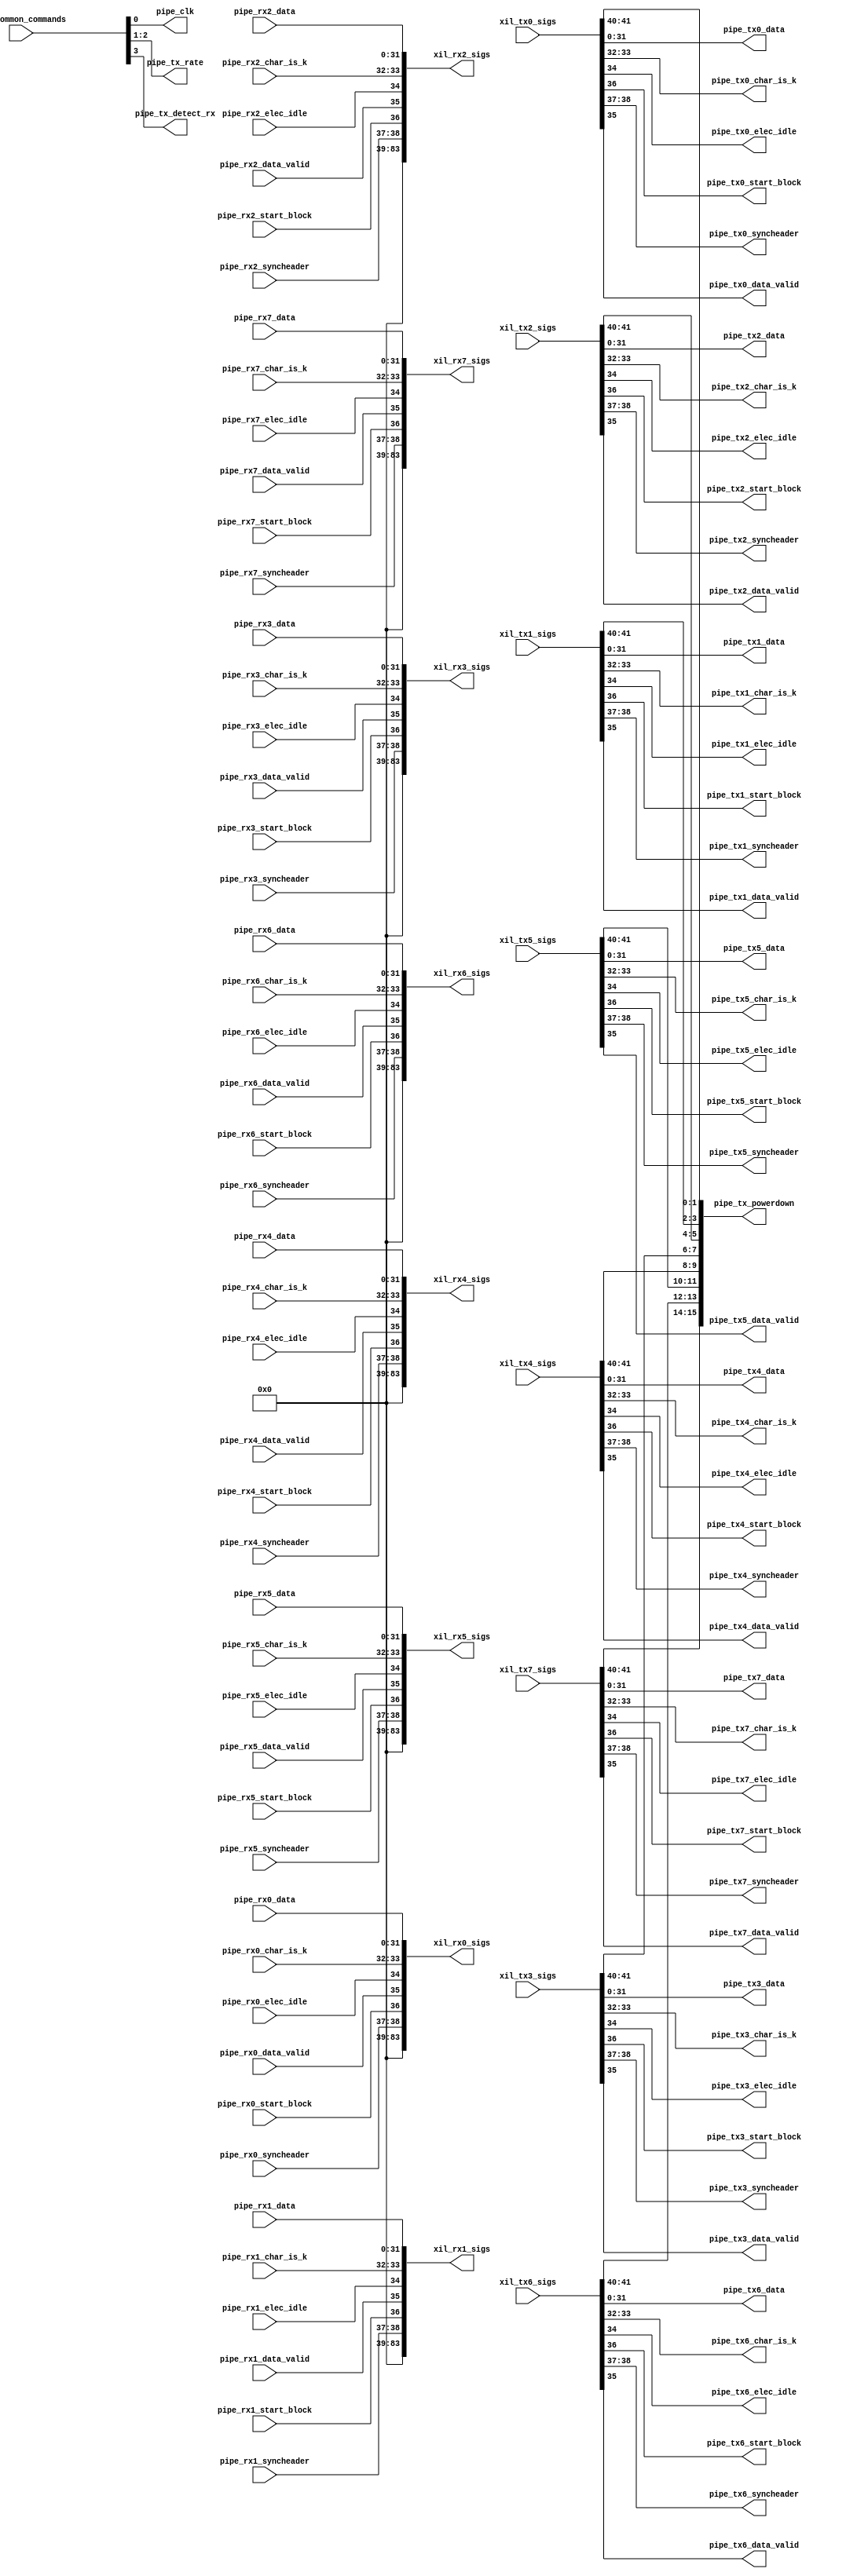
//-----------------------------------------------------------------------------
//
// (c) Copyright 2012-2012 Xilinx, Inc. All rights reserved.
//
// This file contains confidential and proprietary information
// of Xilinx, Inc. and is protected under U.S. and
// international copyright and other intellectual property
// laws.
//
// DISCLAIMER
// This disclaimer is not a license and does not grant any
// rights to the materials distributed herewith. Except as
// otherwise provided in a valid license issued to you by
// Xilinx, and to the maximum extent permitted by applicable
// law: (1) THESE MATERIALS ARE MADE AVAILABLE "AS IS" AND
// WITH ALL FAULTS, AND XILINX HEREBY DISCLAIMS ALL WARRANTIES
// AND CONDITIONS, EXPRESS, IMPLIED, OR STATUTORY, INCLUDING
// BUT NOT LIMITED TO WARRANTIES OF MERCHANTABILITY, NON-
// INFRINGEMENT, OR FITNESS FOR ANY PARTICULAR PURPOSE; and
// (2) Xilinx shall not be liable (whether in contract or tort,
// including negligence, or under any other theory of
// liability) for any loss or damage of any kind or nature
// related to, arising under or in connection with these
// materials, including for any direct, or any indirect,
// special, incidental, or consequential loss or damage
// (including loss of data, profits, goodwill, or any type of
// loss or damage suffered as a result of any action brought
// by a third party) even if such damage or loss was
// reasonably foreseeable or Xilinx had been advised of the
// possibility of the same.
//
// CRITICAL APPLICATIONS
// Xilinx products are not designed or intended to be fail-
// safe, or for use in any application requiring fail-safe
// performance, such as life-support or safety devices or
// systems, Class III medical devices, nuclear facilities,
// applications related to the deployment of airbags, or any
// other applications that could lead to death, personal
// injury, or severe property or environmental damage
// (individually and collectively, "Critical
// Applications"). Customer assumes the sole risk and
// liability of any use of Xilinx products in Critical
// Applications, subject only to applicable laws and
// regulations governing limitations on product liability.
//
// THIS COPYRIGHT NOTICE AND DISCLAIMER MUST BE RETAINED AS
// PART OF THIS FILE AT ALL TIMES.
//
//-----------------------------------------------------------------------------
//
// Project    : The Xilinx PCI Express DMA 
// Version    : 4.1
//-----------------------------------------------------------------------------
//-----------------------------------------------------------------------------
//-- Description:  Pipe Mode Interface
  //-- 16bit data for Gen1 rate @ Pipe Clk 125 
  //-- 16bit data for Gen2 rate @ Pipe Clk 250
  //-- 32bit data for Gen3 rate @ Pipe Clk 250  
  //-- For Gen1/Gen2 use case, tie-off rx*_start_block, rx*_data_valid, rx*_syncheader & rx*_data[31:16]
  //-- Pipe Clk is provided as output of this module - All pipe signals need to be aligned to provided Pipe Clk
  //-- pipe_tx_rate (00 - Gen1, 01 -Gen2 & 10- Gen3)
  //-- Rcvr Detect is handled internally by the core (Rcvr Detect Bypassed)
  //-- RX Status and PHY Status are handled internally (speed change & rcvr detect )
  //-- Phase2/3 needs to be disabled 
  //-- LF & FS values are 40 & 15 decimal
  //-- RP should provide TX preset hint of 5 (in EQ TS2's before changing rate to Gen3)
//-----------------------------------------------------------------------------

`timescale 1ps/1ps

module xil_sig2pipe
(
 
  output [83:0]  xil_rx0_sigs,
  output [83:0]  xil_rx1_sigs,
  output [83:0]  xil_rx2_sigs,
  output [83:0]  xil_rx3_sigs,
  output [83:0]  xil_rx4_sigs,
  output [83:0]  xil_rx5_sigs,
  output [83:0]  xil_rx6_sigs,
  output [83:0]  xil_rx7_sigs,
  input  [16:0]  xil_common_commands,
  input  [69:0]  xil_tx0_sigs,
  input  [69:0]  xil_tx1_sigs,
  input  [69:0]  xil_tx2_sigs,
  input  [69:0]  xil_tx3_sigs,
  input  [69:0]  xil_tx4_sigs,
  input  [69:0]  xil_tx5_sigs,
  input  [69:0]  xil_tx6_sigs,
  input  [69:0]  xil_tx7_sigs,
  
  // Pipe Interface - Common
  
  output         pipe_clk,
  output [1:0]   pipe_tx_rate,
  output         pipe_tx_detect_rx,
  output [15:0]  pipe_tx_powerdown,
  
  // Pipe Interface - TX
 
  output [31:0]  pipe_tx0_data,
  output [31:0]  pipe_tx1_data,
  output [31:0]  pipe_tx2_data,
  output [31:0]  pipe_tx3_data,
  output [31:0]  pipe_tx4_data,
  output [31:0]  pipe_tx5_data,
  output [31:0]  pipe_tx6_data,
  output [31:0]  pipe_tx7_data,
  
  output  [1:0]  pipe_tx0_char_is_k,
  output  [1:0]  pipe_tx1_char_is_k,
  output  [1:0]  pipe_tx2_char_is_k,
  output  [1:0]  pipe_tx3_char_is_k,
  output  [1:0]  pipe_tx4_char_is_k,
  output  [1:0]  pipe_tx5_char_is_k,
  output  [1:0]  pipe_tx6_char_is_k,
  output  [1:0]  pipe_tx7_char_is_k,
  
  output         pipe_tx0_elec_idle,
  output         pipe_tx1_elec_idle,
  output         pipe_tx2_elec_idle,
  output         pipe_tx3_elec_idle,
  output         pipe_tx4_elec_idle,
  output         pipe_tx5_elec_idle,
  output         pipe_tx6_elec_idle,
  output         pipe_tx7_elec_idle,
  
  output         pipe_tx0_start_block,
  output         pipe_tx1_start_block,
  output         pipe_tx2_start_block,
  output         pipe_tx3_start_block,
  output         pipe_tx4_start_block,
  output         pipe_tx5_start_block,
  output         pipe_tx6_start_block,
  output         pipe_tx7_start_block,
  
  output  [1:0]  pipe_tx0_syncheader,
  output  [1:0]  pipe_tx1_syncheader,
  output  [1:0]  pipe_tx2_syncheader,
  output  [1:0]  pipe_tx3_syncheader,
  output  [1:0]  pipe_tx4_syncheader,
  output  [1:0]  pipe_tx5_syncheader,
  output  [1:0]  pipe_tx6_syncheader,
  output  [1:0]  pipe_tx7_syncheader,
  
  output         pipe_tx0_data_valid,
  output         pipe_tx1_data_valid,
  output         pipe_tx2_data_valid,
  output         pipe_tx3_data_valid,
  output         pipe_tx4_data_valid,
  output         pipe_tx5_data_valid,
  output         pipe_tx6_data_valid,
  output         pipe_tx7_data_valid,

  // Pipe Interface - RX
  
  input  [31:0]  pipe_rx0_data,
  input  [31:0]  pipe_rx1_data,
  input  [31:0]  pipe_rx2_data,
  input  [31:0]  pipe_rx3_data,
  input  [31:0]  pipe_rx4_data,
  input  [31:0]  pipe_rx5_data,
  input  [31:0]  pipe_rx6_data,
  input  [31:0]  pipe_rx7_data,
  
  input   [1:0]  pipe_rx0_char_is_k,
  input   [1:0]  pipe_rx1_char_is_k,
  input   [1:0]  pipe_rx2_char_is_k,
  input   [1:0]  pipe_rx3_char_is_k,
  input   [1:0]  pipe_rx4_char_is_k,
  input   [1:0]  pipe_rx5_char_is_k,
  input   [1:0]  pipe_rx6_char_is_k,
  input   [1:0]  pipe_rx7_char_is_k,
  
  input          pipe_rx0_elec_idle,
  input          pipe_rx1_elec_idle,
  input          pipe_rx2_elec_idle,
  input          pipe_rx3_elec_idle,
  input          pipe_rx4_elec_idle,
  input          pipe_rx5_elec_idle,
  input          pipe_rx6_elec_idle,
  input          pipe_rx7_elec_idle,

  input          pipe_rx0_start_block,
  input          pipe_rx1_start_block,
  input          pipe_rx2_start_block,
  input          pipe_rx3_start_block,
  input          pipe_rx4_start_block,
  input          pipe_rx5_start_block,
  input          pipe_rx6_start_block,
  input          pipe_rx7_start_block,
  
  input   [1:0]  pipe_rx0_syncheader,
  input   [1:0]  pipe_rx1_syncheader,
  input   [1:0]  pipe_rx2_syncheader,
  input   [1:0]  pipe_rx3_syncheader,
  input   [1:0]  pipe_rx4_syncheader,
  input   [1:0]  pipe_rx5_syncheader,
  input   [1:0]  pipe_rx6_syncheader,
  input   [1:0]  pipe_rx7_syncheader,
      
  input          pipe_rx0_data_valid,
  input          pipe_rx1_data_valid,
  input          pipe_rx2_data_valid,
  input          pipe_rx3_data_valid,
  input          pipe_rx4_data_valid,
  input          pipe_rx5_data_valid,
  input          pipe_rx6_data_valid,
  input          pipe_rx7_data_valid
);

   assign pipe_clk          = xil_common_commands[0];
   assign pipe_tx_rate      = xil_common_commands[2:1];
   assign pipe_tx_detect_rx = xil_common_commands[3];
   assign pipe_tx_powerdown = {xil_tx7_sigs[41:40],xil_tx6_sigs[41:40],xil_tx5_sigs[41:40],xil_tx4_sigs[41:40],
                               xil_tx3_sigs[41:40],xil_tx2_sigs[41:40],xil_tx1_sigs[41:40],xil_tx0_sigs[41:40]};
   
  //------------------------------------------------------------------------------//
  // RX PIPE to RX INT BUS 
  //------------------------------------------------------------------------------//

   assign xil_rx0_sigs = {45'b0,pipe_rx0_syncheader,pipe_rx0_start_block,
                            pipe_rx0_data_valid,pipe_rx0_elec_idle,pipe_rx0_char_is_k,pipe_rx0_data}; 
                            
   assign xil_rx1_sigs = {45'b0,pipe_rx1_syncheader,pipe_rx1_start_block,
                            pipe_rx1_data_valid,pipe_rx1_elec_idle,pipe_rx1_char_is_k,pipe_rx1_data}; 
                            
   assign xil_rx2_sigs = {45'b0,pipe_rx2_syncheader,pipe_rx2_start_block,
                            pipe_rx2_data_valid,pipe_rx2_elec_idle,pipe_rx2_char_is_k,pipe_rx2_data}; 
                            
   assign xil_rx3_sigs = {45'b0,pipe_rx3_syncheader,pipe_rx3_start_block,
                            pipe_rx3_data_valid,pipe_rx3_elec_idle,pipe_rx3_char_is_k,pipe_rx3_data}; 
                            
   assign xil_rx4_sigs = {45'b0,pipe_rx4_syncheader,pipe_rx4_start_block,
                            pipe_rx4_data_valid,pipe_rx4_elec_idle,pipe_rx4_char_is_k,pipe_rx4_data}; 
                            
   assign xil_rx5_sigs = {45'b0,pipe_rx5_syncheader,pipe_rx5_start_block,
                            pipe_rx5_data_valid,pipe_rx5_elec_idle,pipe_rx5_char_is_k,pipe_rx5_data}; 
                            
   assign xil_rx6_sigs = {45'b0,pipe_rx6_syncheader,pipe_rx6_start_block,
                            pipe_rx6_data_valid,pipe_rx6_elec_idle,pipe_rx6_char_is_k,pipe_rx6_data}; 
                            
   assign xil_rx7_sigs = {45'b0,pipe_rx7_syncheader,pipe_rx7_start_block,
                            pipe_rx7_data_valid,pipe_rx7_elec_idle,pipe_rx7_char_is_k,pipe_rx7_data}; 
  //------------------------------------------------------------------------------//
  // TX INT BUS to TX PIPE 
  //------------------------------------------------------------------------------//
   assign pipe_tx0_data        = xil_tx0_sigs[31: 0] ; 
   assign pipe_tx0_char_is_k   = xil_tx0_sigs[33:32] ;
   assign pipe_tx0_elec_idle   = xil_tx0_sigs[34]    ; 
   assign pipe_tx0_data_valid  = xil_tx0_sigs[35] ; 
   assign pipe_tx0_start_block = xil_tx0_sigs[36] ; 
   assign pipe_tx0_syncheader  = xil_tx0_sigs[38:37] ; 
   
   assign pipe_tx1_data        = xil_tx1_sigs[31: 0] ; 
   assign pipe_tx1_char_is_k   = xil_tx1_sigs[33:32] ;
   assign pipe_tx1_elec_idle   = xil_tx1_sigs[34]    ; 
   assign pipe_tx1_data_valid  = xil_tx1_sigs[35] ; 
   assign pipe_tx1_start_block = xil_tx1_sigs[36] ; 
   assign pipe_tx1_syncheader  = xil_tx1_sigs[38:37] ;

   assign pipe_tx2_data        = xil_tx2_sigs[31: 0] ; 
   assign pipe_tx2_char_is_k   = xil_tx2_sigs[33:32] ;
   assign pipe_tx2_elec_idle   = xil_tx2_sigs[34]    ; 
   assign pipe_tx2_data_valid  = xil_tx2_sigs[35] ; 
   assign pipe_tx2_start_block = xil_tx2_sigs[36] ; 
   assign pipe_tx2_syncheader  = xil_tx2_sigs[38:37] ; 
   
   assign pipe_tx3_data        = xil_tx3_sigs[31: 0] ; 
   assign pipe_tx3_char_is_k   = xil_tx3_sigs[33:32] ;
   assign pipe_tx3_elec_idle   = xil_tx3_sigs[34]    ; 
   assign pipe_tx3_data_valid  = xil_tx3_sigs[35] ; 
   assign pipe_tx3_start_block = xil_tx3_sigs[36] ; 
   assign pipe_tx3_syncheader  = xil_tx3_sigs[38:37] ;
   
   assign pipe_tx4_data        = xil_tx4_sigs[31: 0] ; 
   assign pipe_tx4_char_is_k   = xil_tx4_sigs[33:32] ;
   assign pipe_tx4_elec_idle   = xil_tx4_sigs[34]    ; 
   assign pipe_tx4_data_valid  = xil_tx4_sigs[35] ; 
   assign pipe_tx4_start_block = xil_tx4_sigs[36] ; 
   assign pipe_tx4_syncheader  = xil_tx4_sigs[38:37] ; 
   
   assign pipe_tx5_data        = xil_tx5_sigs[31: 0] ; 
   assign pipe_tx5_char_is_k   = xil_tx5_sigs[33:32] ;
   assign pipe_tx5_elec_idle   = xil_tx5_sigs[34]    ; 
   assign pipe_tx5_data_valid  = xil_tx5_sigs[35] ; 
   assign pipe_tx5_start_block = xil_tx5_sigs[36] ; 
   assign pipe_tx5_syncheader  = xil_tx5_sigs[38:37] ;   
   
   assign pipe_tx6_data        = xil_tx6_sigs[31: 0] ; 
   assign pipe_tx6_char_is_k   = xil_tx6_sigs[33:32] ;
   assign pipe_tx6_elec_idle   = xil_tx6_sigs[34]    ; 
   assign pipe_tx6_data_valid  = xil_tx6_sigs[35] ; 
   assign pipe_tx6_start_block = xil_tx6_sigs[36] ; 
   assign pipe_tx6_syncheader  = xil_tx6_sigs[38:37] ; 
   
   assign pipe_tx7_data        = xil_tx7_sigs[31: 0] ; 
   assign pipe_tx7_char_is_k   = xil_tx7_sigs[33:32] ;
   assign pipe_tx7_elec_idle   = xil_tx7_sigs[34]    ; 
   assign pipe_tx7_data_valid  = xil_tx7_sigs[35] ; 
   assign pipe_tx7_start_block = xil_tx7_sigs[36] ; 
   assign pipe_tx7_syncheader  = xil_tx7_sigs[38:37] ; 

endmodule